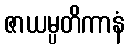
ဇာယမ္ပတိကာနံ